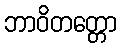
ဘာဝိတတ္တော